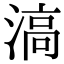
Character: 滈